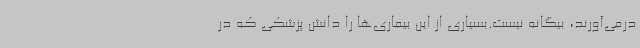
درمی‌آورند، بیگانه نیست.بسیاری از این بیماری‌ها را دانش پزشکی که در